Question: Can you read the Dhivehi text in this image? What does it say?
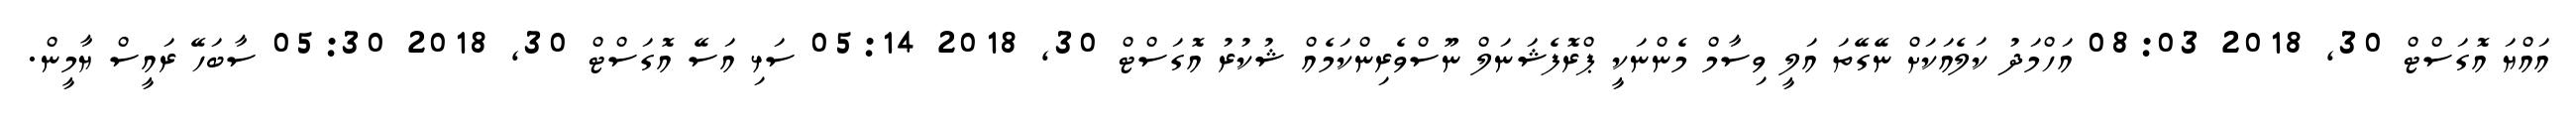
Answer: އައްޔަ އޮގަސްޓް 30, 2018 08:03 އަހްމަދު ކަލެއަކަށް ނޭގޭތަ އަލީ ވިސާމް މެންނަކީ ޕްރޮފެޝަނަލް ނޫސްވެރިންކަމެއް ޝުކުރު އޮގަސްޓް 30, 2018 05:14 ސަޅި އަސޭ އޮގަސްޓް 30, 2018 05:30 ސާބަހޭ ރައީސް ޔާމީން.